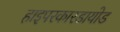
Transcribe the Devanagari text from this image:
हाइपरकारडायोड